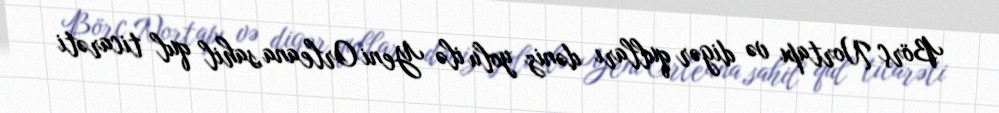
Börç Nortapı və digər qulları dəniz yolu ilə Yeni Orleana,sahil qul ticarəti